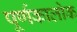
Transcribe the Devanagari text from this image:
पूर्णकालोक